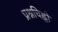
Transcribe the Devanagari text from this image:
प्रश्नचिह्नों